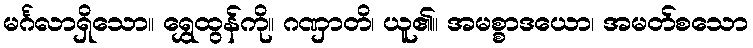
မင်္ဂလာရှိသော။ ရွှေထွန်ကို။ ဂဏှာတိ၊ ယူ၏။ အမစ္စာဒယော၊ အမတ်စသော